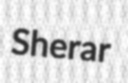
Sherar